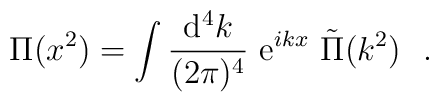
{\Pi}(x^2)=\int{{\rm d}^{4}k\over (2\pi)^{4}}\ {\rm e}^{ikx}\ \tilde{\Pi}(k^{2})\ \ .